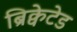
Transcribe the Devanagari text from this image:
ब्रिक्वेटेड